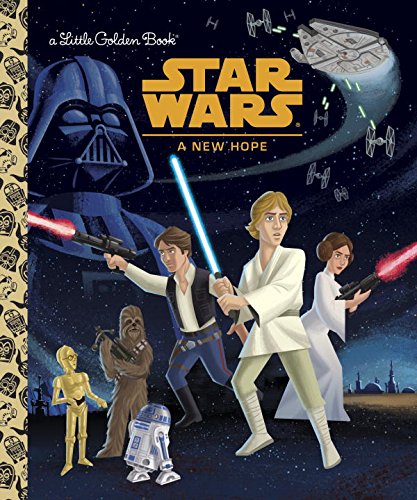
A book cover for Star Wars: A New Hope (Star Wars) (Little Golden Book); Geof Smith; Children's Books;